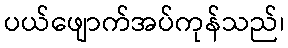
ပယ်ဖျောက်အပ်ကုန်သည်၊